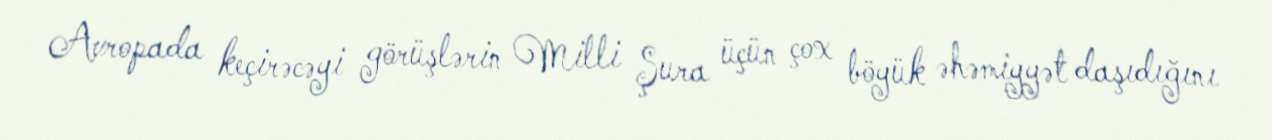
Avropada keçirəcəyi görüşlərin Milli Şura üçün çox böyük əhəmiyyət daşıdığını